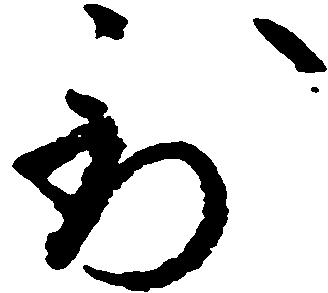
到